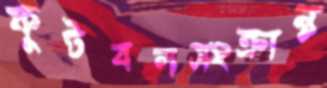
ফুটবলসংক্রান্ত